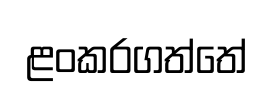
ළංකරගත්තේ